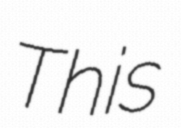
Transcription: This